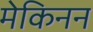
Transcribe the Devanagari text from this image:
मेकिनन